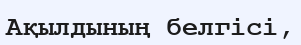
Ақылдының белгісі,